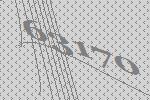
63170